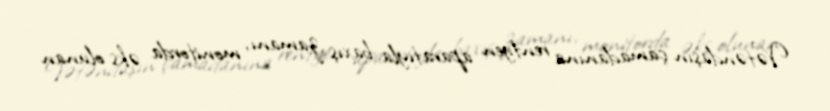
Vətəndaşın çamadanına rentgen aparatıyla baxış zamanı, monitorda əks olunan